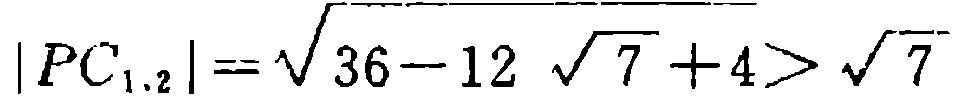
\(|PC_{1,2}|=\sqrt{36 - 12\sqrt{7}+4}>\sqrt{7}\)